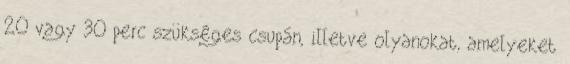
20 vagy 30 perc szükséges csupán, illetve olyanokat, amelyeket